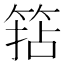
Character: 𥮠